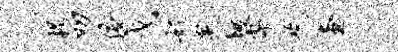
枵叨俯戈好炙垓寄吃查